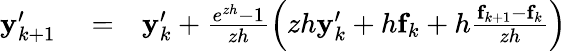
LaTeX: \begin{array}{rlr}{{\mathbf y}_{k+1}^{\prime}}&{{}=}&{{\mathbf y}_{k}^{\prime}+\frac{e^{zh}-1}{zh}\left(zh{\mathbf y}_{k}^{\prime}+h{\mathbf f}_{k}+h\frac{{\mathbf f}_{k+1}-{\mathbf f}_{k}}{zh}\right)}\end{array}